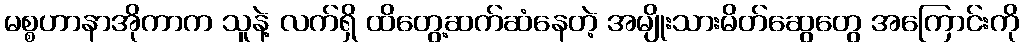
မစ္စဟာနာအိုကာက သူနဲ့ လက်ရှိ ထိတွေ့ဆက်ဆံနေတဲ့ အမျိုးသားမိတ်ဆွေတွေ အကြောင်းကို